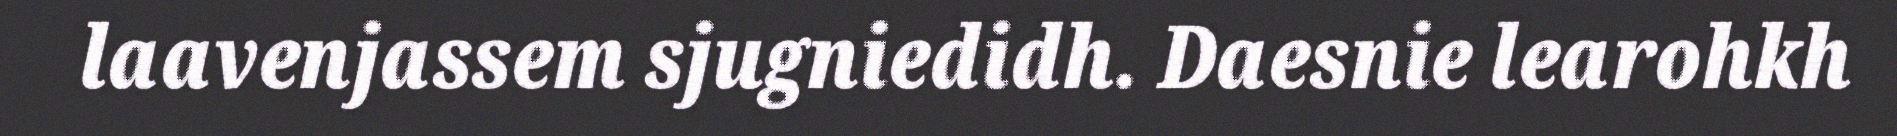
laavenjassem sjugniedidh. Daesnie learohkh